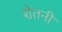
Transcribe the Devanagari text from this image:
शेतनी